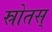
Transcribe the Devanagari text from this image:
स्रोतस्